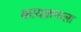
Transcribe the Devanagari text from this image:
कायक्रमाला